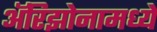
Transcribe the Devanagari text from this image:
अॅरिझोनामध्ये